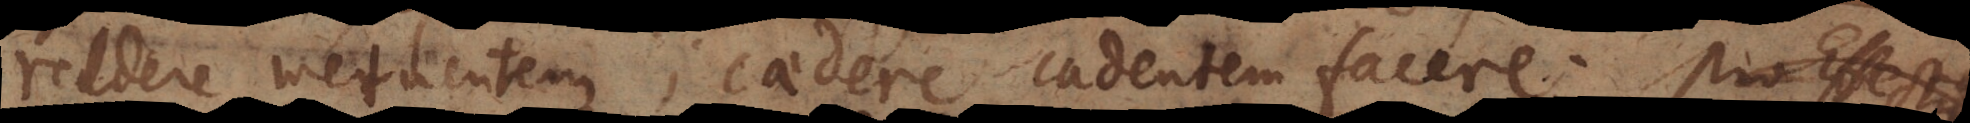
reddere metuentem; caedere cadentem facere. Pro Effect